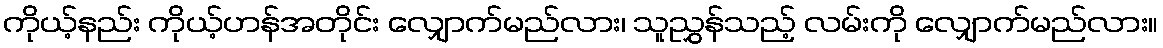
ကိုယ့်နည်း ကိုယ့်ဟန်အတိုင်း လျှောက်မည်လား၊ သူညွှန်သည့် လမ်းကို လျှောက်မည်လား။